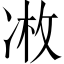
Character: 𫥏